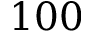
1 0 0